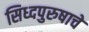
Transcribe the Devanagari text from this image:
सिध्दपुरुषाचे